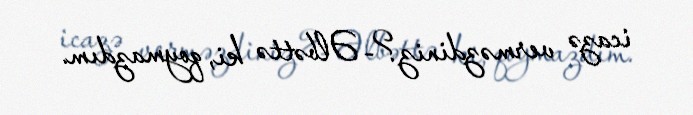
icazə verməzdiniz?- Əlbəttə ki, qoymazdım.